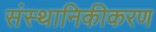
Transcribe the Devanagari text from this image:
संस्थानिकीकरण